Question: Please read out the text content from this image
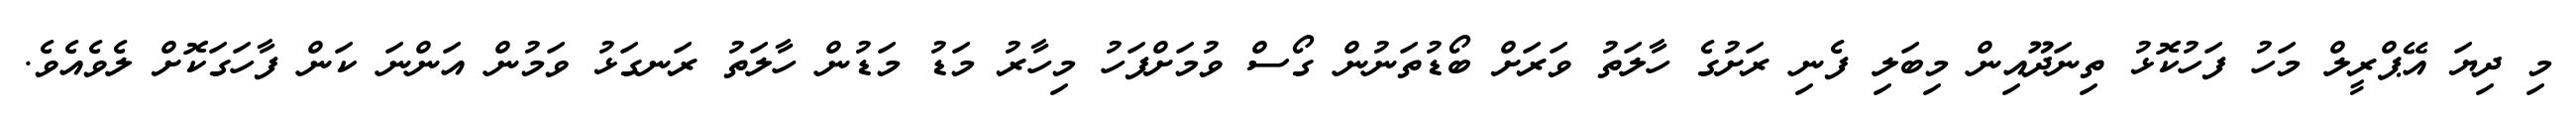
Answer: މި ދިޔަ އޭޕްރީލް މަހު ފަހުކޮޅު ތިނަދޫއިން މިބަލި ފެނި ރަށުގެ ހާލަތު ވަރަށް ބޯޑުތަނުން ގޯސް ވުމަށްފަހު މިހާރު މަޑު މަޑުން ހާލަތު ރަނގަޅު ވަމުން އަންނަ ކަން ފާހަގަކޮށް ލެވެއެވެ.